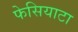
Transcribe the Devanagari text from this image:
फेसियाटा